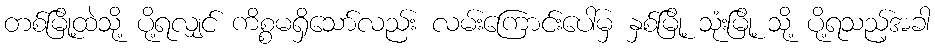
တစ်မြို့ထဲသို့ ပို့ရလျှင် ကိစ္စမရှိသော်လည်း လမ်းကြောင်းပေါ်မှ နှစ်မြို့ သုံးမြို့ သို့ ပို့ရသည့်အခါ